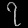
Digit: ၇